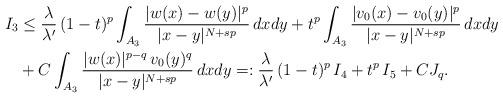
LaTeX: \begin{align*} I_3 &\le \frac{\lambda}{\lambda'}\, (1 - t)^p \int_{A_3} \frac{|w(x) - w(y)|^p}{|x - y|^{N+sp}}\, dx dy + t^p \int_{A_3} \frac{|v_0(x) - v_0(y)|^p}{|x - y|^{N+sp}}\, dx dy \\&+ C \int_{A_3} \frac{|w(x)|^{p-q}\, v_0(y)^q}{|x - y|^{N+sp}}\, dx dy =: \frac{\lambda}{\lambda'}\, (1 - t)^p\, I_4 + t^p\, I_5 + C J_q. \end{align*}